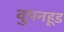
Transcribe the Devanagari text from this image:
वुमनहूड